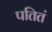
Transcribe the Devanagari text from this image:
पतितं